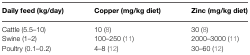
<table><thead><tr><td><b>Daily feed (kg/day)</b></td><td><b>Copper (mg/kg diet)</b></td><td><b>Zinc (mg/kg diet)</b></td></tr></thead><tbody><tr><td>Cattle (5.5–10)</td><td>10 (8)</td><td>30 (8)</td></tr><tr><td>Swine (1–2)</td><td>100–250 (11)</td><td>2000–3000 (11)</td></tr><tr><td>Poultry (0.1–0.2)</td><td>4–8 (12)</td><td>30–60 (12)</td></tr></tbody></table>